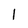
Character: 1